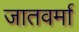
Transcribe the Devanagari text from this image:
जातवर्मा